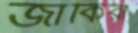
জাকিরা